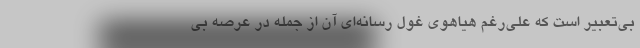
بی‌تعبیر است که علی‌رغم هیاهوی غول رسانه‌ای آن از جمله در عرصه بی